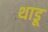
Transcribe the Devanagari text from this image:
थाडू